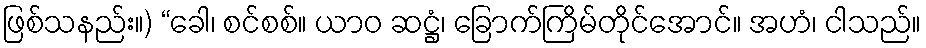
ဖြစ်သနည်း။) “ခေါ၊ စင်စစ်။ ယာဝ ဆဋ္ဌံ၊ ခြောက်ကြိမ်တိုင်အောင်။ အဟံ၊ ငါသည်။